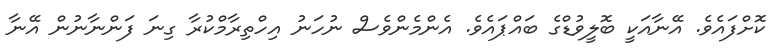
ކޮށްފައެވެ. އޭނާއަކީ ބޮލީވުޑްގެ ބައްޕައެވެ. އެންމެންވެސް ނުހަނު އިހްތިރާމްކުރާ ގިނަ ފަންނާނުން އޭނާ